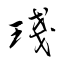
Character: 琖